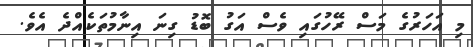
މި އަހަރުގެ މަސް ރޭހުގައި ވެސް އަގު ބޮޑު ގިނަ އިނާމުތަކެއްދެ އެވެ.